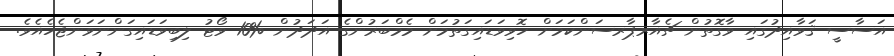
އަސާސީ ޤަވާއިދުގައި ވާގޮތުން ޗެއާރޕާރސަންކަމަށް ހޮވިވަޑައިގަތުމަށް މެމްބަރުންގެ އަދަދުން %10 ވޯޓު ލިބިވަޑައިގަންނަވަންޖެހެއެވެ.